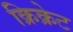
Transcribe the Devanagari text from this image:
क्रिक्रेट